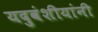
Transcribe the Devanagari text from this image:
यदुवंशीयांनी